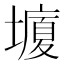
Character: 𰊸